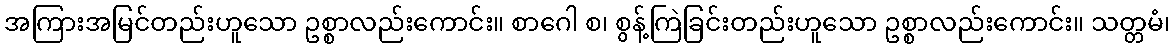
အကြားအမြင်တည်းဟူသော ဥစ္စာလည်းကောင်း။ စာဂေါ စ၊ စွန့်ကြဲခြင်းတည်းဟူသော ဥစ္စာလည်းကောင်း။ သတ္တမံ၊